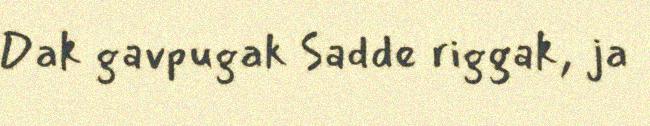
Dak gavpugak Sadde riggak, ja